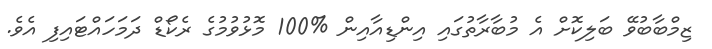
ޒިމްބާބުވޭ ބަލިކޮށް އެ މުބާރާތުގައި އިންޑިއާއިން %100 މޮޅުވުމުގެ ރެކޯޑް ދަމަހައްޓައިފި އެވެ.